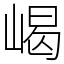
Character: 嵑